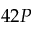
4 2 P